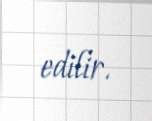
edilir.